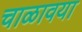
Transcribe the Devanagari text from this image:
चाळावया